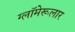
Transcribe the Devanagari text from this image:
ग्लॉमेरूलार